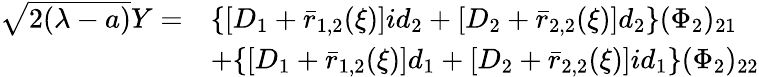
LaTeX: \begin{array}{rl}{\sqrt{2(\lambda-a)}Y=}&{\{ [D_{1}+\bar{r}_{1,2}(\xi)]id_{2}+[D_{2}+\bar{r}_{2,2}(\xi)]d_{2}\} (\Phi_{2})_{21}}\\ &{+\{ [D_{1}+\bar{r}_{1,2}(\xi)]d_{1}+[D_{2}+\bar{r}_{2,2}(\xi)]id_{1}\} (\Phi_{2})_{22}}\end{array}